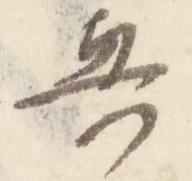
興